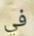
في